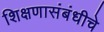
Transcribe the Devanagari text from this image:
शिक्षणासंबंधीचे